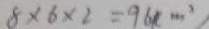
8 \times 6 \times 2 = 9 6 ( c m ^ { 2 } )